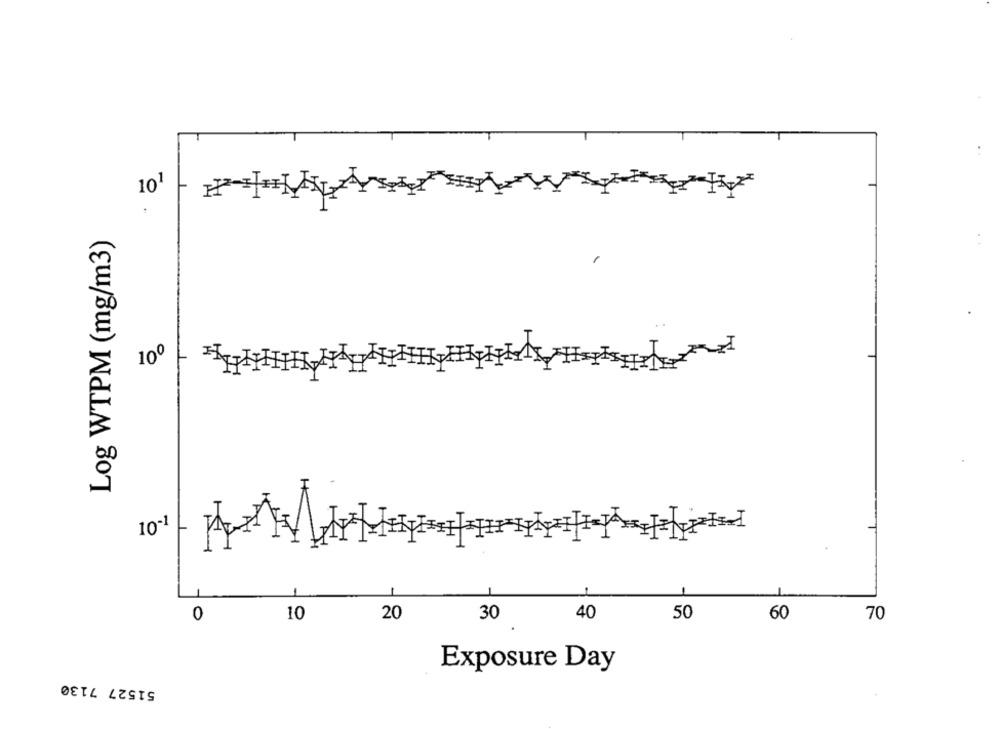
-
10 1
.
Log WTPM (mg/m3)
10º
10-1
0
10
20
30
40
50
60
70
Exposure Day
51527 7130